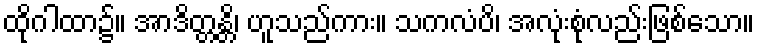
ထိုဂါထာ၌။ အာဒိတ္တန္တိ၊ ဟူသည်ကား။ သကလံပိ၊ အလုံးစုံလည်းဖြစ်သော။